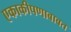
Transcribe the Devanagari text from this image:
एकाकीपणाबाबत